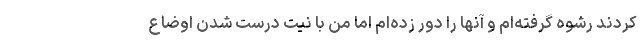
کردند رشوه گرفته‌ام و آنها را دور زده‌ام اما من با نیت درست شدن اوضاع